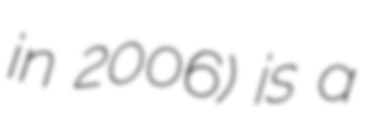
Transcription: in 2006) is a